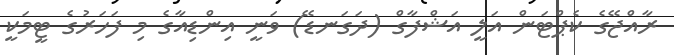
ރާއްޖޭގެ ކެޕްޓަން އަލީ އަޝްފާގް (ދަގަނޑޭ) ވަނީ އިންޑިއާގެ މި ފަހަރުގެ ޓީމަކީ